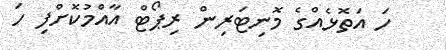
ހަ އަތޮޅެއްގެ މޮނިޓަރިން ރިޕޯޓް އާއްމުކޮށްފި ހަ